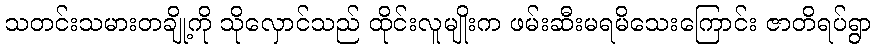
သတင်းသမားတချို့ကို သိုလှောင်သည် ထိုင်းလူမျိုးက ဖမ်းဆီးမရမိသေးကြောင်း ဇာတိရပ်ရွာ